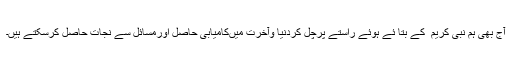
آج بھی ہم نبی کریم ۖ کے بتا ئے ہوئے راستے پرچل کردنیا وآخرت میںکامیابی حاصل اورمسائل سے نجات حاصل کرسکتے ہیں۔